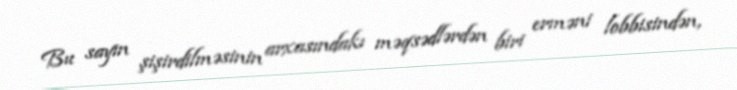
Bu sayın şişirdilməsinin arxasındakı məqsədlərdən biri erməni lobbisindən,